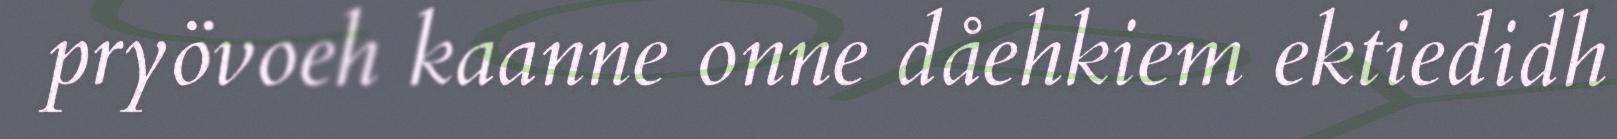
pryövoeh kaanne onne dåehkiem ektiedidh